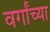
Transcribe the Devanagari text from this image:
वर्गांच्‍या